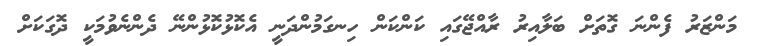
މަންޒަރު ފެންނަ ގޮތަށް ބަލާއިރު ރާއްޖޭގައި ކަންކަން ހިނގަމުންދަނީ އެކޮޅުކޮޅުންނޭ ދެންނެވުމަކީ ދޮގަކަށް